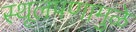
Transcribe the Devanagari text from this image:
स्थूलपणामुळे